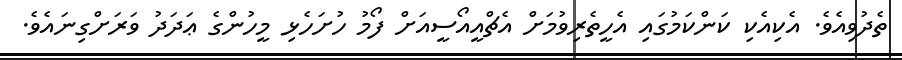
ތެދުވިއެވެ. އެކިއެކި ކަންކަމުގައި އެހީތެރިވުމަށް އެޗްއީއޯސީއަށް ފޯމު ހުށަހެޅި މީހުންގެ ޢަދަދު ވަރަށްގިނައެވެ.